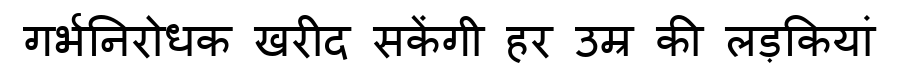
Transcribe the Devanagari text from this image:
गर्भनिरोधक खरीद सकेंगी हर उम्र की लड़कियां